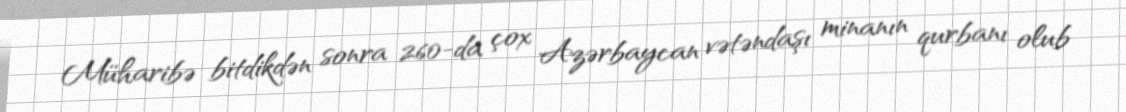
Müharibə bitdikdən sonra 260-da çox Azərbaycan vətəndaşı minanın qurbanı olub